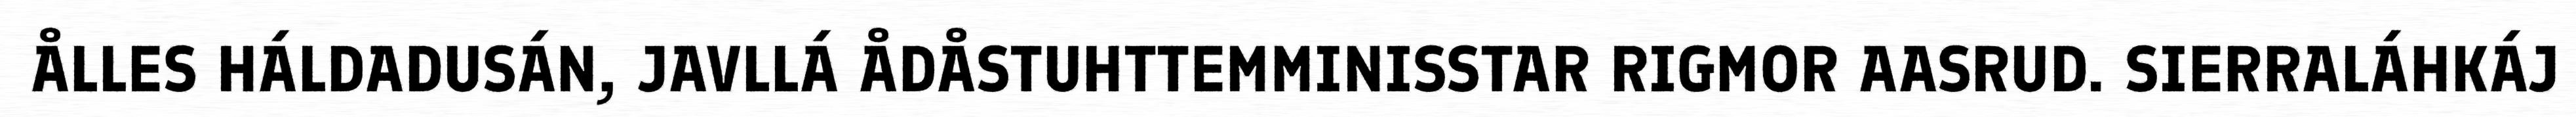
ÅLLES HÁLDADUSÁN, JAVLLÁ ÅDÅSTUHTTEMMINISSTAR RIGMOR AASRUD. SIERRALÁHKÁJ